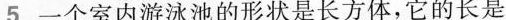
5一个室内游泳池的形状是长方体，它的长是